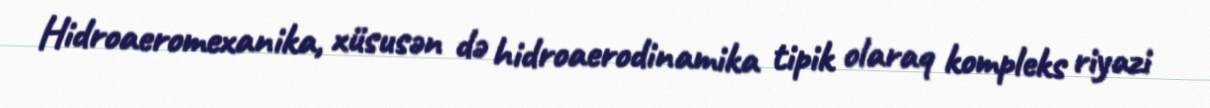
Hidroaeromexanika, xüsusən də hidroaerodinamika tipik olaraq kompleks riyazi